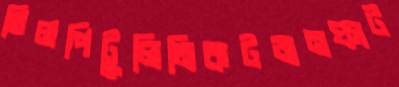
তিলপিটুলিনিকটজনফাট